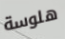
هلوسة